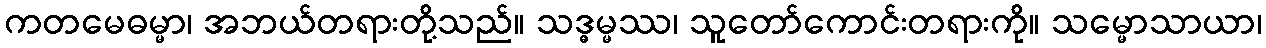
ကတမေဓမ္မာ၊ အဘယ်တရားတို့သည်။ သဒ္ဓမ္မဿ၊ သူတော်ကောင်းတရားကို။ သမ္မောသာယာ၊